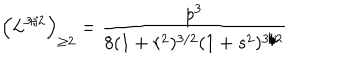
\left( L ^ { { 3 } / { 2 } } \right) _ { \geq 2 } = \frac { p ^ { 3 } } { 8 ( 1 + r ^ { 2 } ) ^ { 3 / 2 } ( 1 + s ^ { 2 } ) ^ { 3 / 2 } }